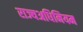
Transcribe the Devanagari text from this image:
राज्यअधिनियम